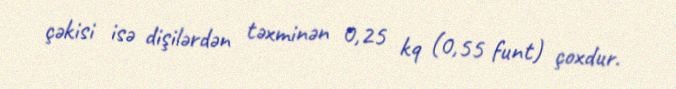
çəkisi isə dişilərdən təxminən 0,25 kq (0,55 funt) çoxdur.